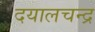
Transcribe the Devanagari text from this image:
दयालचन्द्र